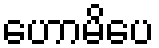
ဟောမိပေ